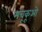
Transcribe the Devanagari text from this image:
मंचूकूओ